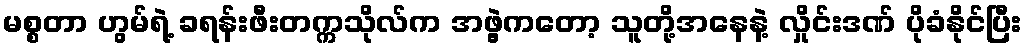
မစ္စတာ ဟွမ်ရဲ့ ခရန်းဖီးတက္ကသိုလ်က အဖွဲ့ကတော့ သူတို့အနေနဲ့ လှိုင်းဒဏ် ပိုခံနိုင်ပြီး